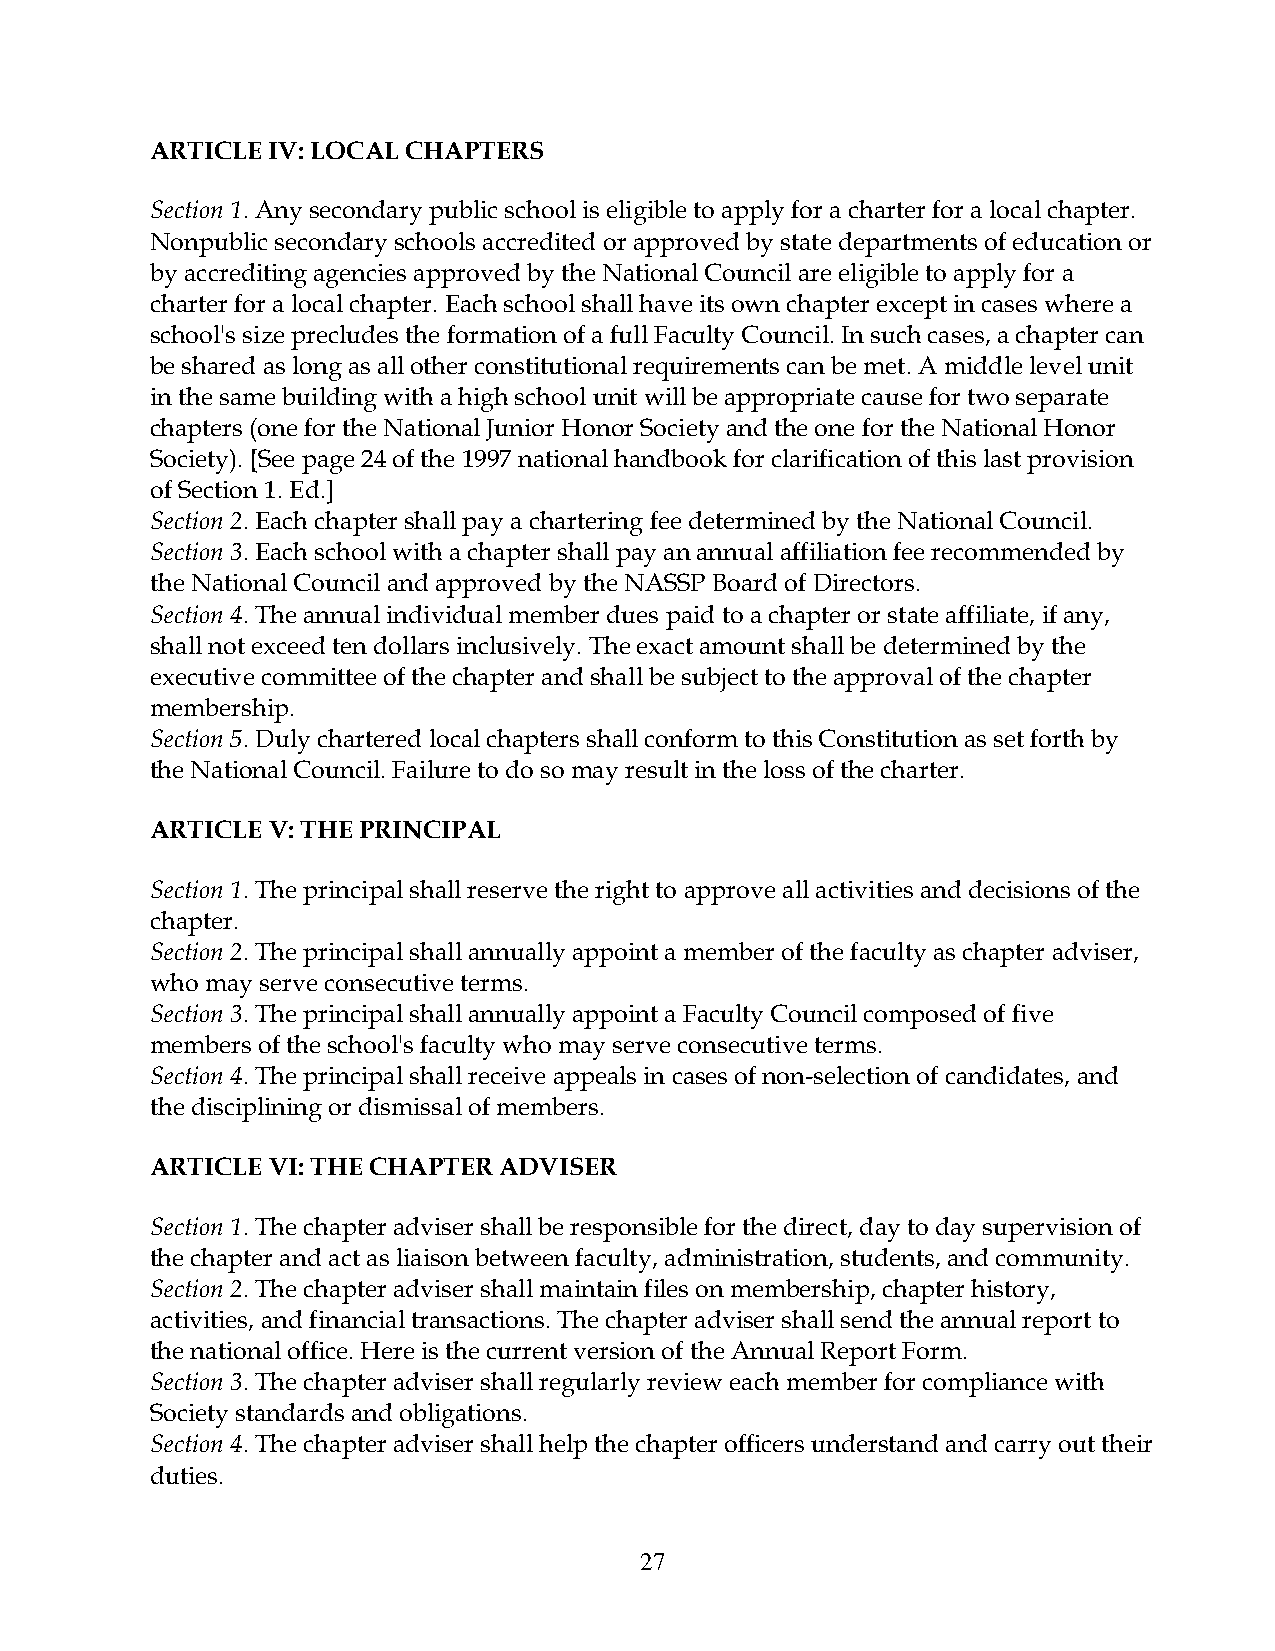
ARTICLE IV: LOCAL CHAPTERS
 Section 1. Any secondary public school is eligible to apply for a charter for a local chapter.
 Nonpublic secondary schools accredited or approved by state departments of education or
 by accrediting agencies approved by the National Council are eligible to apply for a
 charter for a local chapter. Each school shall have its own chapter except in cases where a
 school's size precludes the formation of a full Faculty Council. In such cases, a chapter can
 be shared as long as all other constitutional requirements can be met. A middle level unit
 in the same building with a high school unit will be appropriate cause for two separate
 chapters (one for the National Junior Honor Society and the one for the National Honor
 Society). [See page 24 of the 1997 national handbook for clarification of this last provision
 of Section 1. Ed.]
 Section 2. Each chapter shall pay a chartering fee determined by the National Council.
 Section 3. Each school with a chapter shall pay an annual affiliation fee recommended by
 the National Council and approved by the NASSP Board of Directors.
 Section 4. The annual individual member dues paid to a chapter or state affiliate, if any,
 shall not exceed ten dollars inclusively. The exact amount shall be determined by the
 executive committee of the chapter and shall be subject to the approval of the chapter
 membership.
 Section 5. Duly chartered local chapters shall conform to this Constitution as set forth by
 the National Council. Failure to do so may result in the loss of the charter.
 ARTICLE V: THE PRINCIPAL
 Section 1. The principal shall reserve the right to approve all activities and decisions of the
 chapter.
 Section 2. The principal shall annually appoint a member of the faculty as chapter adviser,
 who may serve consecutive terms.
 Section 3. The principal shall annually appoint a Faculty Council composed of five
 members of the school's faculty who may serve consecutive terms.
 Section 4. The principal shall receive appeals in cases of non-selection of candidates, and
 the disciplining or dismissal of members.
 ARTICLE VI: THE CHAPTER ADVISER
 Section 1. The chapter adviser shall be responsible for the direct, day to day supervision of
 the chapter and act as liaison between faculty, administration, students, and community.
 Section 2. The chapter adviser shall maintain files on membership, chapter history,
 activities, and financial transactions. The chapter adviser shall send the annual report to
 the national office. Here is the current version of the Annual Report Form.
 Section 3. The chapter adviser shall regularly review each member for compliance with
 Society standards and obligations.
 Section 4. The chapter adviser shall help the chapter officers understand and carry out their
 duties.
 27